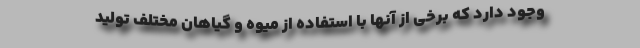
وجود دارد که برخی از آنها با استفاده از میوه و گیاهان مختلف تولید